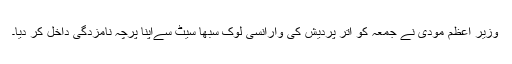
وزیر اعظم مودی نے جمعہ کو اتر پردیش کی وارانسی لوک سبھا سیٹ سےاپنا پرچہ نامزدگی داخل کر دیا۔